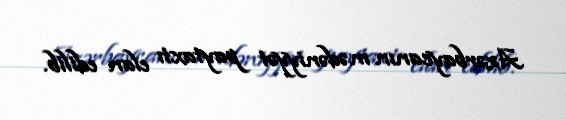
Azərbaycanın mədəniyyət paytaxtı elan edilib.